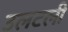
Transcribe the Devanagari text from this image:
उलटली